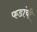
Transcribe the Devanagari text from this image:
फडांची